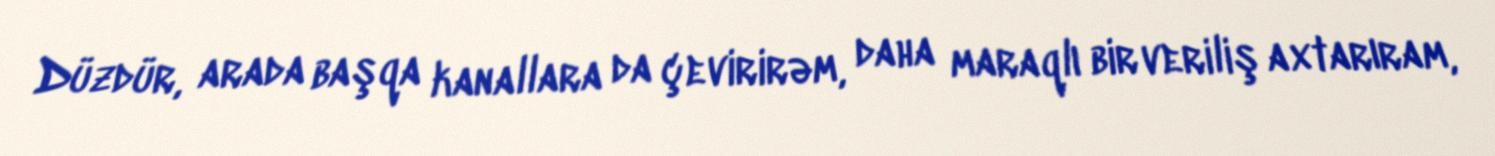
Düzdür, arada başqa kanallara da çevirirəm, daha maraqlı bir veriliş axtarıram,